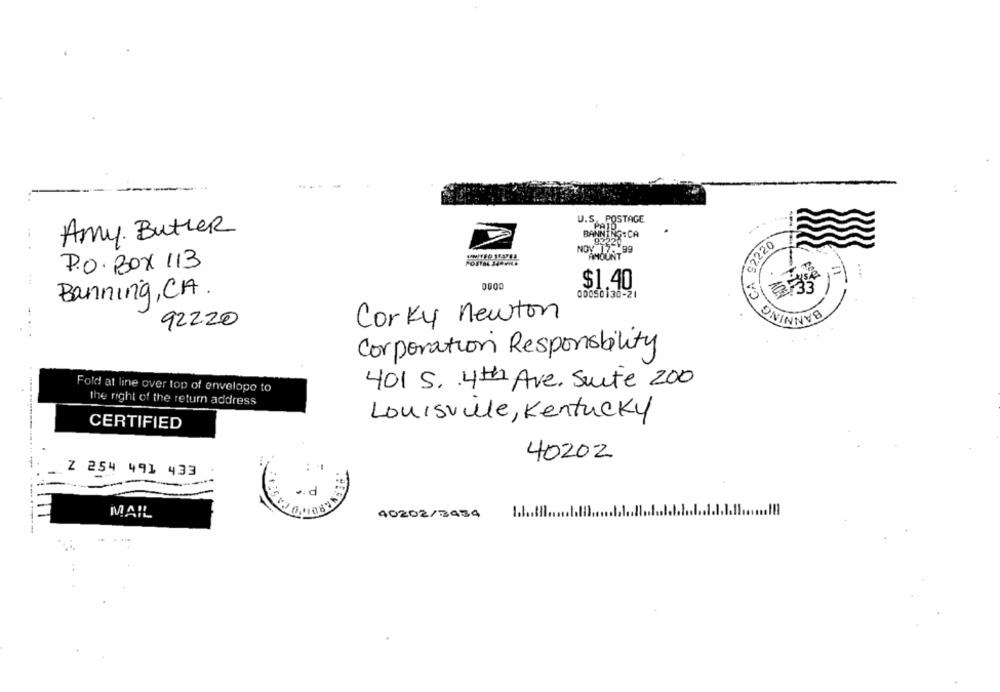
....
U.S. POSTAGE
PAID
Amy Butler
BANNING: CA
82220
62220
NOV 17.
AMOUNT
P.O. BOX 113
w;
$1.40
Banning, CA.
00050130-21
Corky newton
92220
ONINNYB
Corporation Responsibility
Fold at line over top of envelope to
401 S. 4th Ave. Suite 200
the right of the return address
Louisville, Kentucky
CERTIFIED
40202
Z 254 491 433
1:5
.d
MAIL
40202/3434
1.1 ... Il.